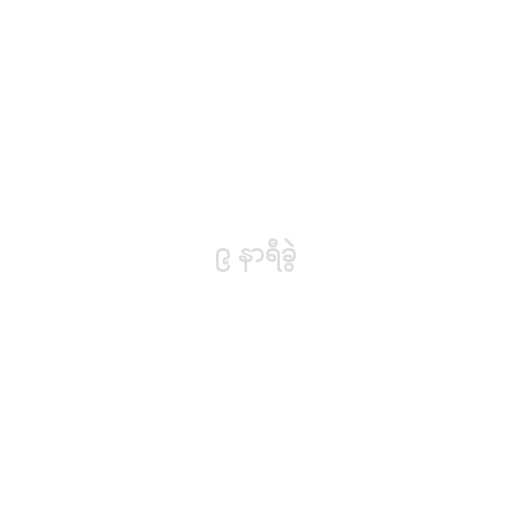
၉ နာရီခွဲ